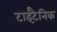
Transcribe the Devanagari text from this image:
टाईटैनिक